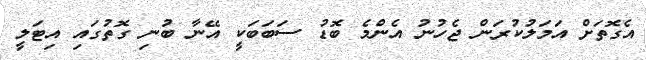
އެގޮތަށް އަމަލުކުރަން ޖެހުނު އެންމެ ބޮޑު ސަބަބަކީ އޭނާ ބުނި ގޮތުގައި އިޓަލީ